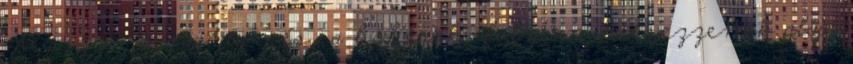
meg izzó vaságyon; és a hóhérok folyton helyezzenek alája